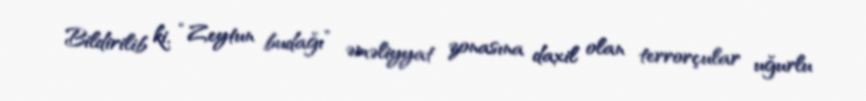
Bildirilib ki, “Zeytun budağı” əməliyyat zonasına daxil olan terrorçular uğurlu